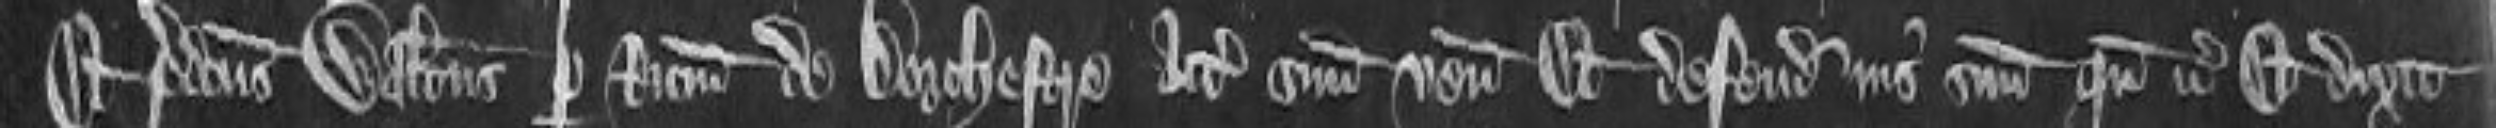
Et predictus Walterus per Ricardum de Dorchestre attornatum suum venit. Et defendit ius suum quando etc. Et dixit